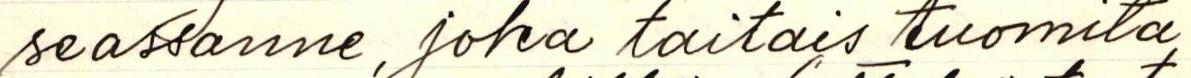
seassanne, joka taitais tuomita